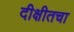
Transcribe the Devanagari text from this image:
दीक्षीतचा